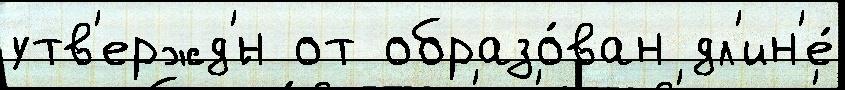
утв'ержд'́н от образо́ван дл'ин'е́